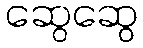
ဆွေဆွေ